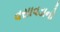
વસાવડાનો